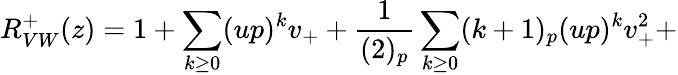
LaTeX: R_{VW}^{+}(z)=1+\sum_{k\geq 0}(up)^{k}v_{+}+\frac{1}{(2)_{p}}\sum_{k\geq 0}(k+1)_{p}(up)^{k}v_{+}^{2}+